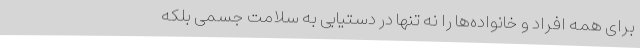
برای همه افراد و خانواده‌ها را نه تنها در دستیابی به سلامت جسمی بلکه